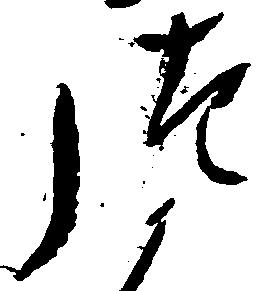
つ